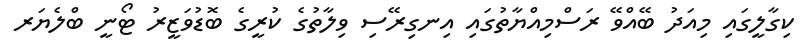
ކިގާލީގައި މިއަދު ބޭއްވޭ ރަސްމިއްޔާތުގައި އިނގިރޭސި ވިލާތުގެ ކުރީގެ ބޮޑުވަޒީރު ޓޯނީ ބްލެޔަރ